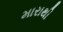
મારાથી